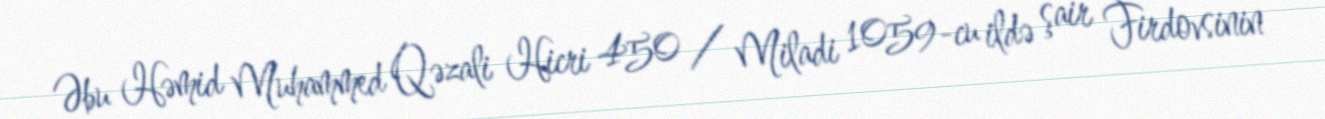
Əbu Həmid Muhammed Qəzali Hicri 450 / Miladi 1059-cu ildə şair Firdovsinin